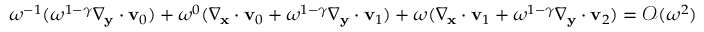
\begin{array} { r } { \omega ^ { - 1 } ( \omega ^ { 1 - \gamma } \nabla _ { \mathbf y } \cdot \mathbf v _ { 0 } ) + \omega ^ { 0 } ( \nabla _ { \mathbf x } \cdot \mathbf v _ { 0 } + \omega ^ { 1 - \gamma } \nabla _ { \mathbf y } \cdot \mathbf v _ { 1 } ) + \omega ( \nabla _ { \mathbf x } \cdot \mathbf v _ { 1 } + \omega ^ { 1 - \gamma } \nabla _ { \mathbf y } \cdot \mathbf v _ { 2 } ) = \mathcal { O } ( \omega ^ { 2 } ) } \end{array}